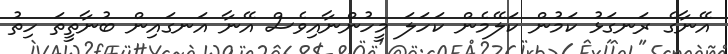
އޭނާގެ ރަނގަޅު ކަމުން ކަލޭމެން ކަހަލަ މީހުންނާއިވެސް އޭނާ އަނގައިން ބުނާތީތަ ހިތު